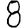
Digit: 8